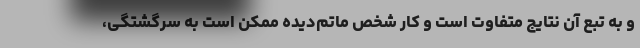
و به تبعِ آن نتایج متفاوت است و کار شخص ماتم‌دیده ممکن است به سرگشتگی،